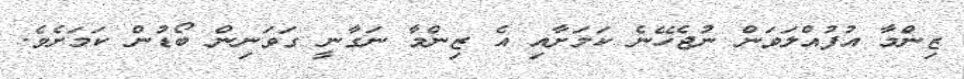
ޒިންމާ އުފުއްލަވަން ނުޖެހޭނެ ކަމަށާއި އެ ޒިންމާ ނަގާނީ ގަވަނިން ބޯޑުން ކަމަށެވެ.